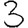
Digit: 3